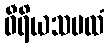
ဝီရိယသမထံ